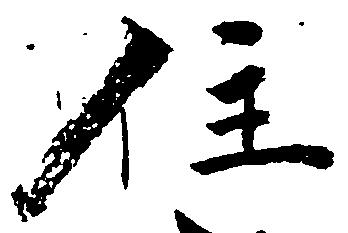
住